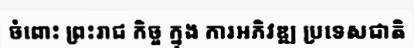
ចំពោះ ព្រះរាជ កិច្ច ក្នុង ការអភិវឌ្ឍ ប្រទេសជាតិ